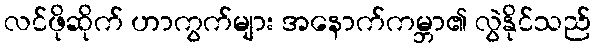
လင်ဖိုဆိုက် ဟာကွက်များ အနောက်ကမ္ဘာ၏ လွဲနိုင်သည်